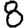
Digit: 8